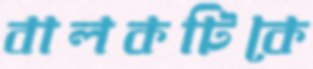
বালকটিকে